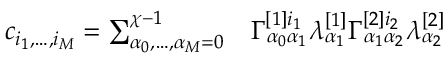
\begin{array} { r l } { c _ { i _ { 1 } , \dots , i _ { M } } = \sum _ { \alpha _ { 0 } , \dots , \alpha _ { M } = 0 } ^ { \chi - 1 } } & { { } \Gamma _ { \alpha _ { 0 } \alpha _ { 1 } } ^ { [ 1 ] i _ { 1 } } \lambda _ { \alpha _ { 1 } } ^ { [ 1 ] } \Gamma _ { \alpha _ { 1 } \alpha _ { 2 } } ^ { [ 2 ] i _ { 2 } } \lambda _ { \alpha _ { 2 } } ^ { [ 2 ] } } \end{array}